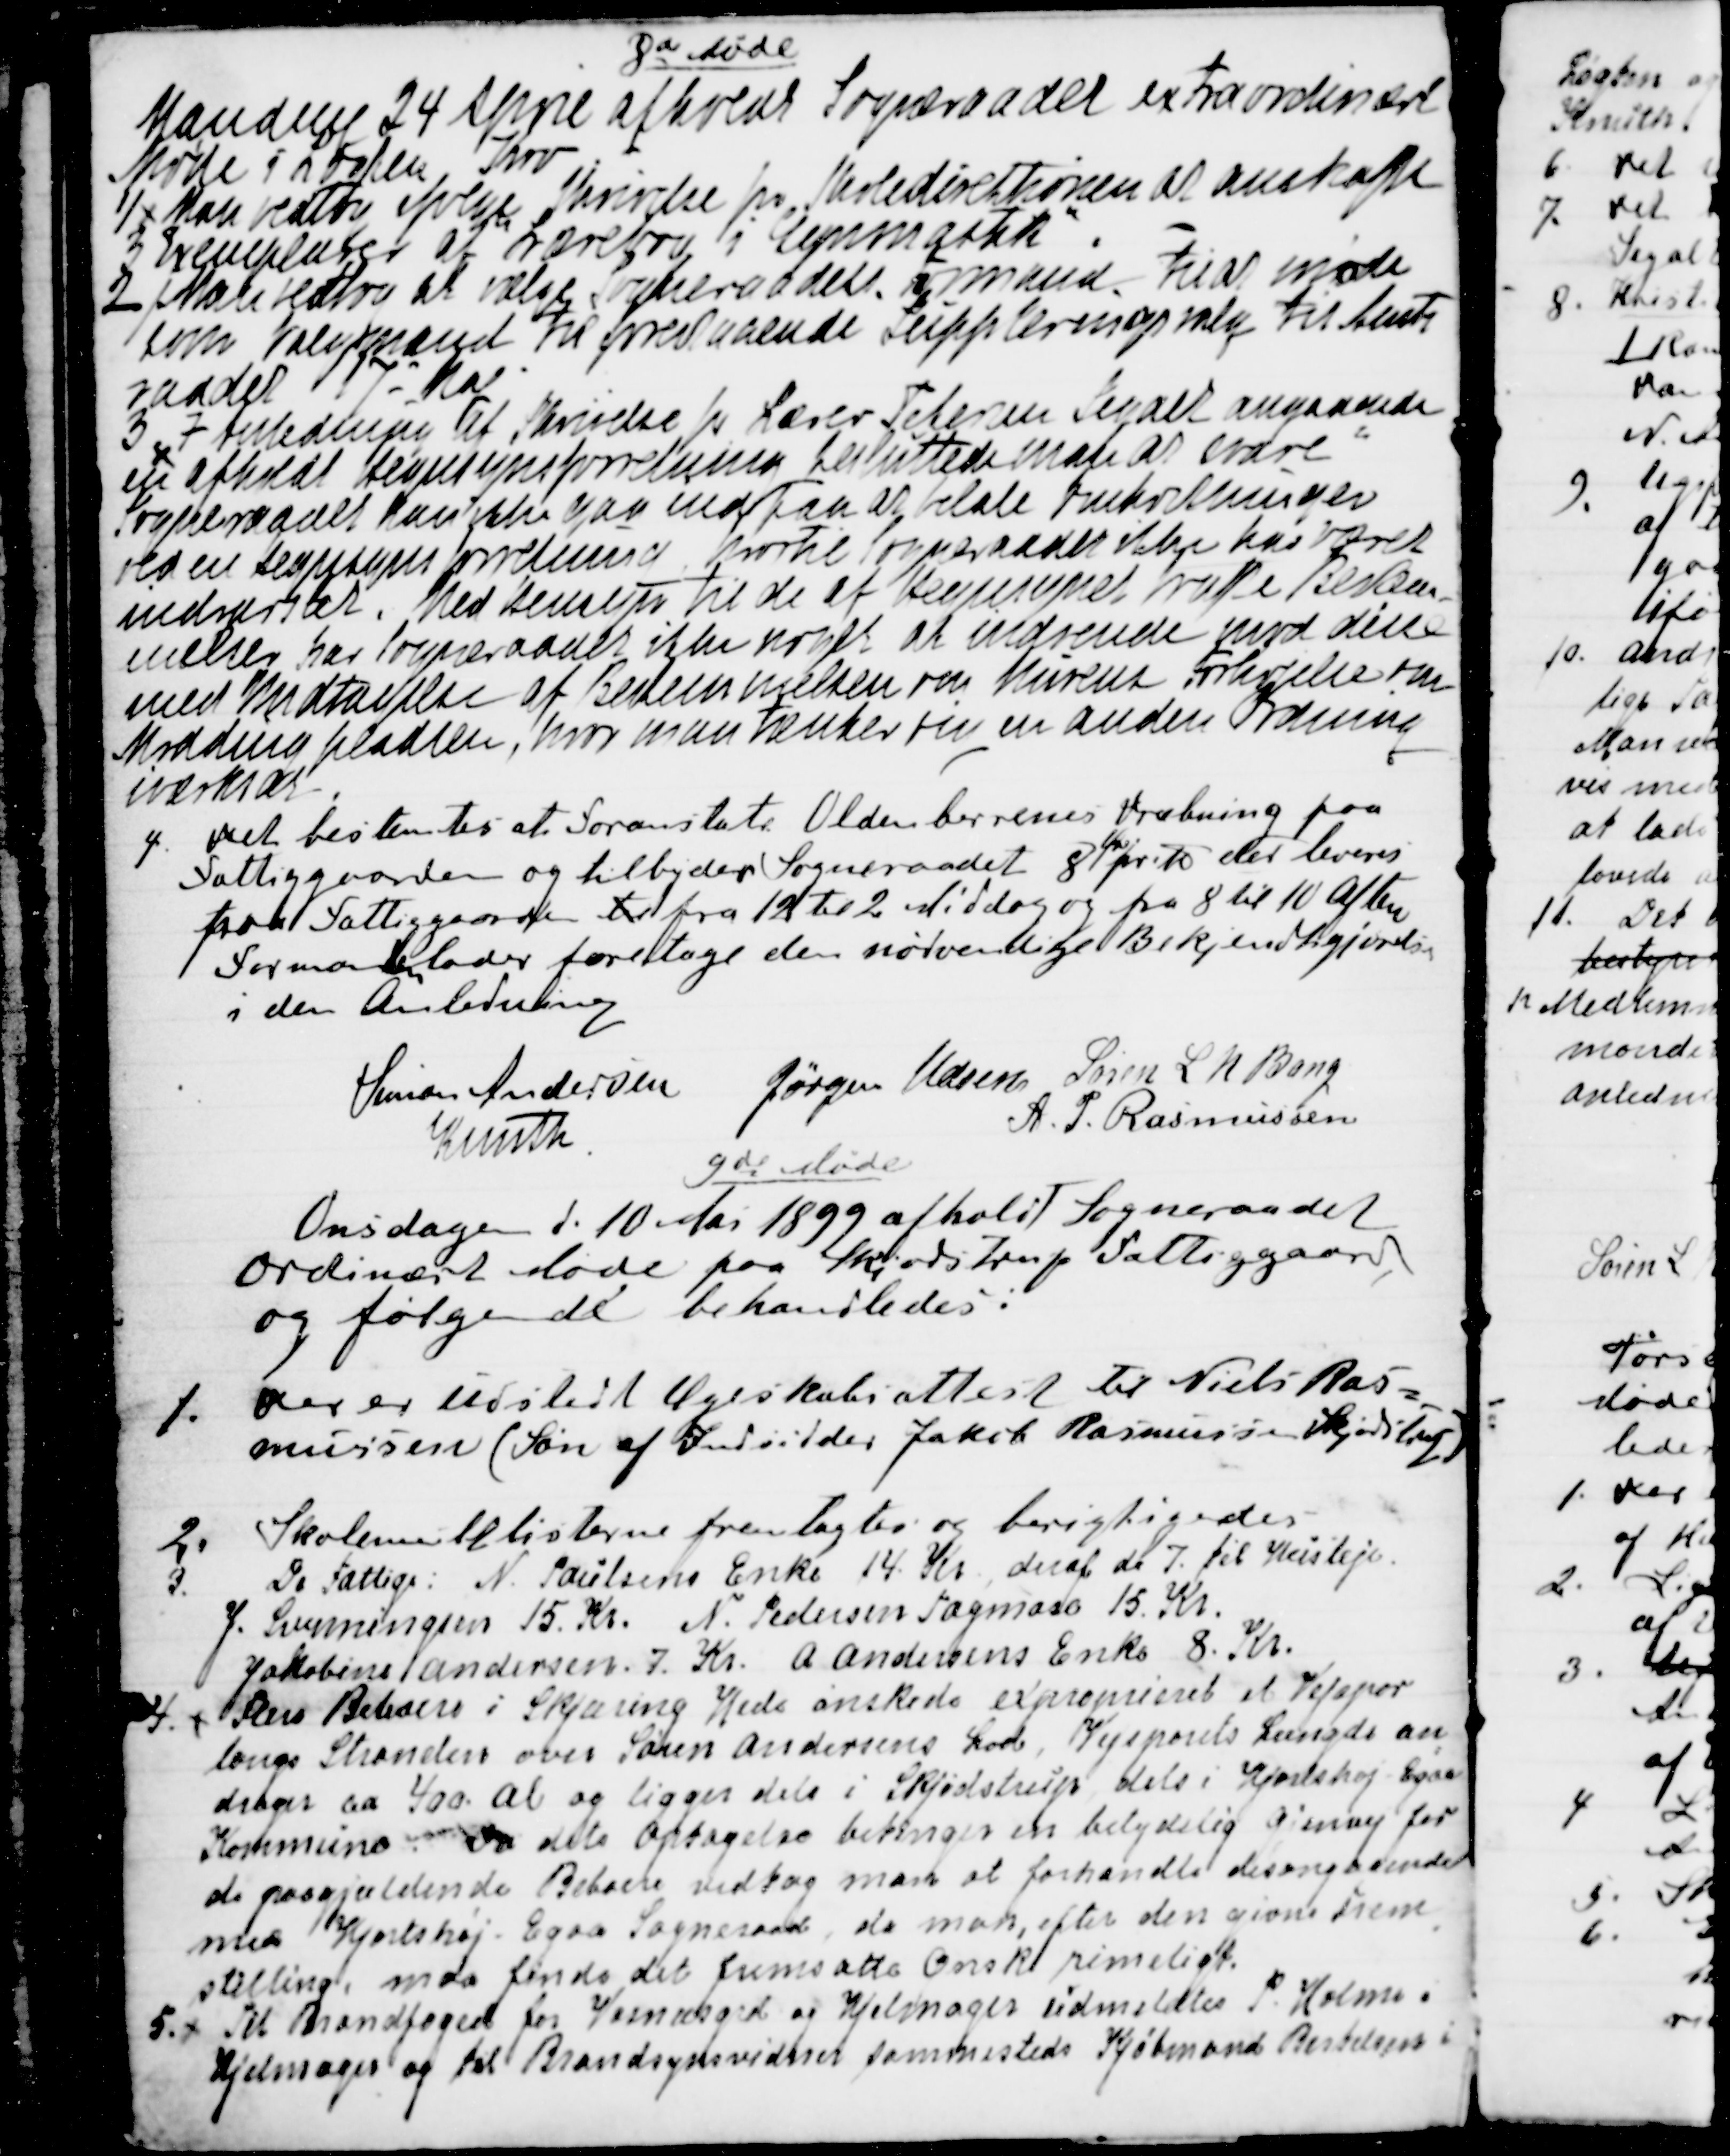
Transskription:
8de Møde
Mandag 24 April afholdt Sogneraadet extraordinært
Møde i Løgten Kro.
1)
Man vedtog ifølge Skrivelse fra Skoledirektionen at anskaffe
3 Exemplarer af Lærebog i Gymnastik".
2) Man vedtog at vælge Sogneraadets Formand til at møde
som Valgmand til forestaaende Suppleringsvalg til Amts
raadet 17. Maj.
3. I Anledning af Skrivelse fra Lærer Petersen Segalt angaaende
en afholdt Hegnsynsforretning besluttede man at svare
Sogneraadet kan ikke gaa ind paa at betale Omkostninger
ved en Hegnsynsforretning hvortil Sogneraadet ikke har været
indvarslet. Med Hensyn til de af Hegnssynet trufne Bestem-
melser har Sogneraadet ikke noget at indvende mod dette
med Undtagelse af Bestemmelsen om Murens Forhøjelse om 
Møddingpladsen hvor man tænker sig en anden Ordning
iværksat.
4. 
Det bestemtes at foranstalte Oldenborrenes Dræbning paa
Fattiggaarden og tilbyder Sogneraadet 8 
Øre
pr. ℔ der leveres
paa Fattiggaarden til fra 12 til 2 Middag og fra 8 til 10 Aften
Formanden lader foretage den nødvendige Bekjendtgjørelse
i den Anledning.
Simon Andersen
Jørgen Udsen
Søren L N Bang
Knuth
A. P. Rasmussen

9de Møde
Onsdagen d. 10 Mai 1899 afholdt Sogneraadet
Ordinært Møde paa Skjødstrup Fattiggaard,
og følgende behandledes:
1. Der er udstedt Ægteskabsattest til Niels Ras=
mussen (Søn af Indsidder Jakob Rasmussen Skjødstrup)
2. Skolemulklisterne fremlagdes og berigtigedes.
3. De Fattige: N. Poulsens Enke 14. Kr, deraf de 7. til Husleje.
J. Svenningsen 15. Kr. N. Pedersen Tagmose 15. Kr.
Jakobine Andersen 7. Kr. A. Andersens Enke 8. Kr.
4.
Flere Beboere i Skjæring Hede ønskede exproprieret et Vejspor
langs Stranden over Søren Andersens Lod. Vejsporets længde an
=
drager ca. 400. Al og ligger dels i Skjødstrup dels i Hjortshøj-Egaa
Kommune. Da dets Optagelse betinger betydelig Gjenvej for
de paagjældende Beboere vedtog man at forhandle desangaaende
med Hjortshøj - Egaa Sogneraad, da man, efter den givne Frem
=
stilling, maa finde det fremsatte Ønske rimeligt.
5.
Til Brandfoged for Vosnæsgaard og Hjelmager udmeldtes P. Holme i
Hjelmager og til Brandsynsvidner sammesteds Kjøbmand Bertelsen i